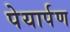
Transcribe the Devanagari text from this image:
पेयार्पण